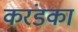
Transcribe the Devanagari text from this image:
करंडका